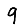
Digit: 9